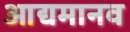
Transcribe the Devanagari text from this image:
आद्यमानव